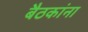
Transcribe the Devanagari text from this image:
बैठकांना